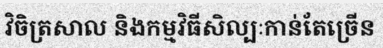
វិចិត្រសាល និងកម្មវិធីសិល្បៈកាន់តែច្រើន